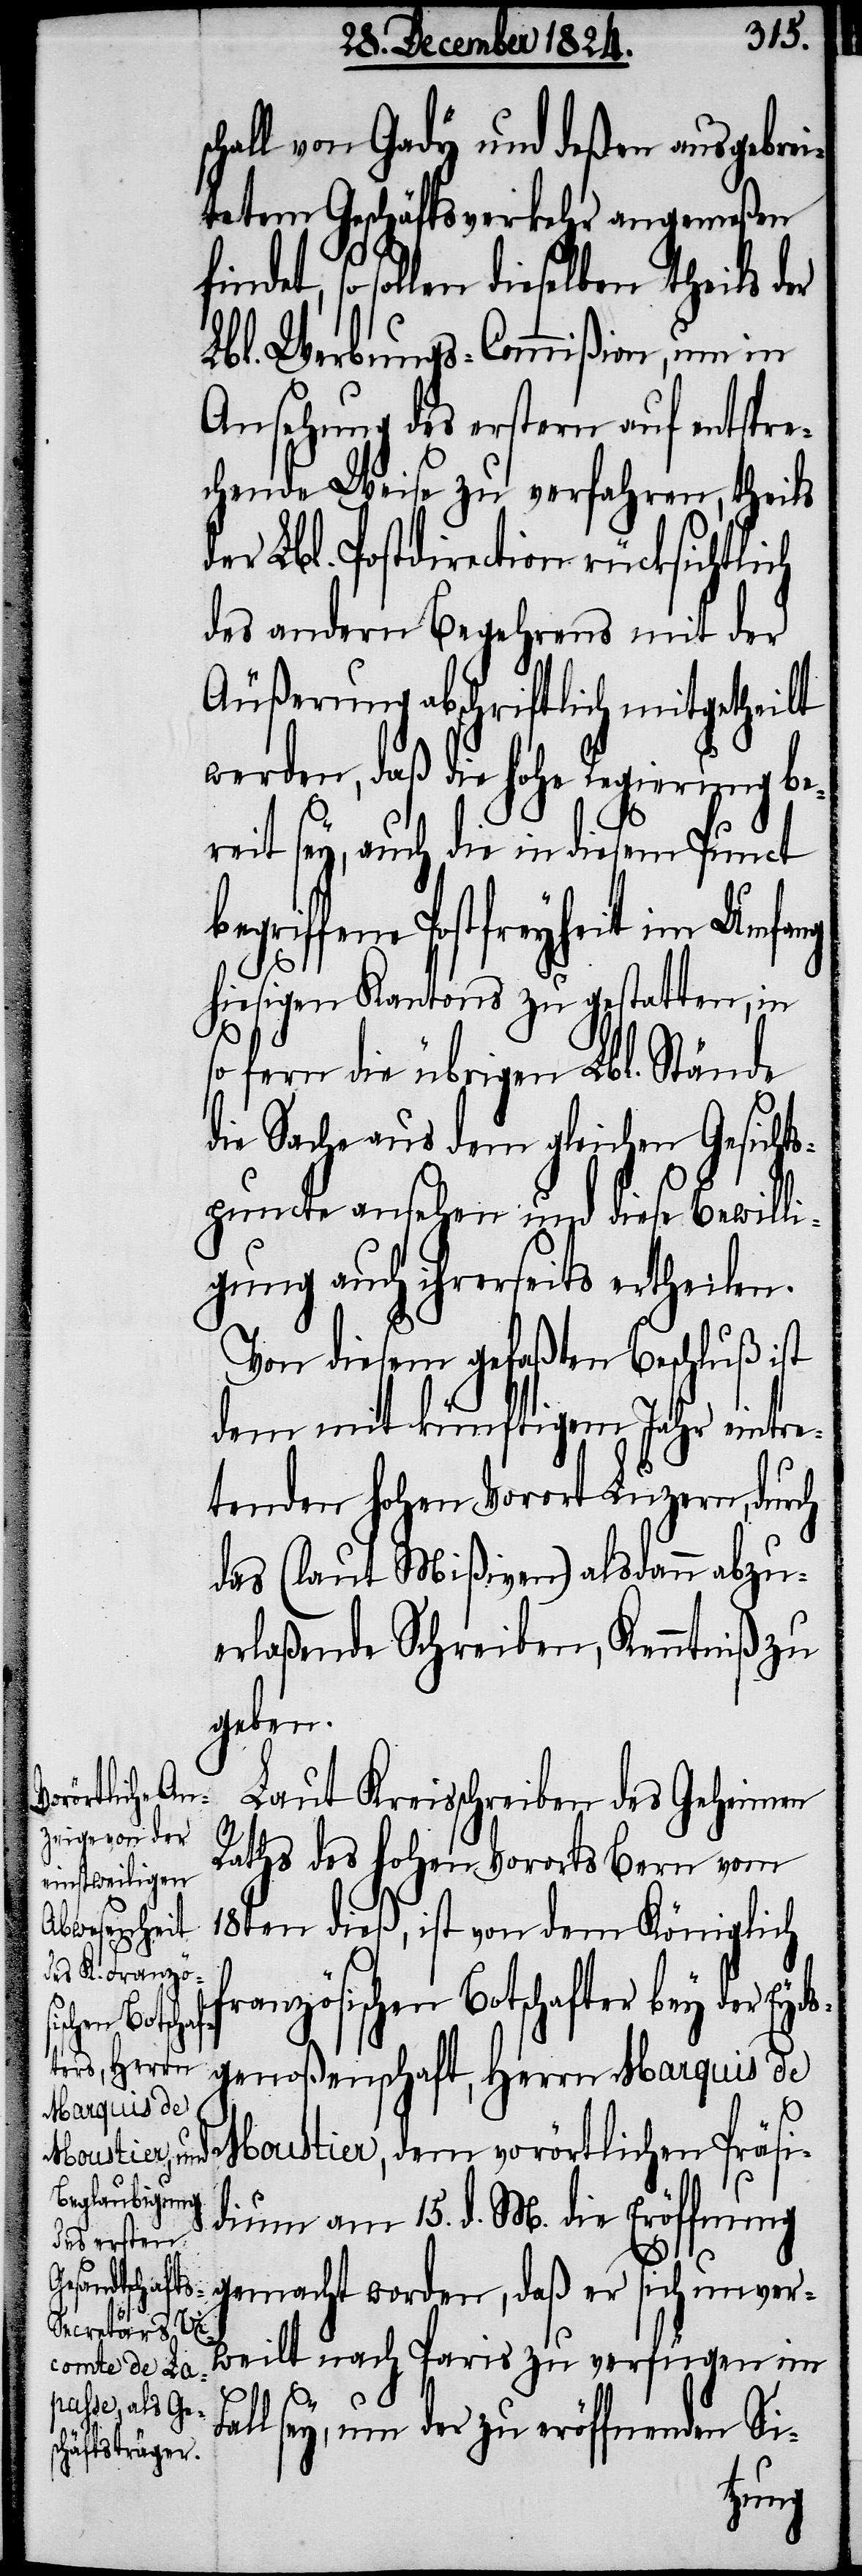
ds¬
Fal¬

chall von Gady und deßen ausgebrei¬
tetem Geschäftsverkehr angemeßen
so
sollen dieselben theils der
Lbl. Werbungs-Commißion, um in
Ansehung des erstern auf entspre¬
chende Weise zu verfahren, theils
er Lbl. Postdirection rücksichtlich
des andern Begehrens mit der
Äußerung abschriftlich mitgetheilt
werden, daß die hohe Regierung be¬
reit sey, auch die in diesem Punct
egriffene Postfreyheit im Umfang
hiesigen Kantons zu gestatten, in
so fern die übrigen Lbl. Stände
die Sache aus dem gleichen Gesichts¬
puncte ansehen und diese Bewill¬
igung auch ihrerseits ertheilen.
Von diesem gefaßten Beschluß ist
dem mit künftigem Jahr eintre¬
tenden hohen Vorort Luzern, durch
das (laut Mißiven) alsdann abzu¬
erlaßende Schreiben, Kenntniß zu
geben.
Laut Kreisschreiben des Geheimen
Raths des hohen Vororts Bern vom
18ten dieß, ist von dem Königlich
französischen Botschafter bey der Ey¬
genoßenschaft, Herrn Marquis de
Moustier, dem vorörtlichen Präsi¬
dium am 15. d. M. die Eröffnung
gemacht worden, daß er sich unver¬
weilt nach Paris zu verfügen im
l sey, um der zu eröffnenden Si-